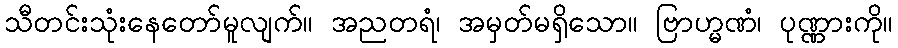
သီတင်းသုံးနေတော်မူလျက်။ အညတရံ၊ အမှတ်မရှိသော။ ဗြာဟ္မဏံ၊ ပုဏ္ဏားကို။